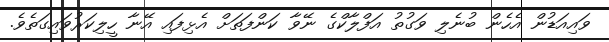
ވައިއަޑުން އެހެން ބުނެލި ވަގުތު އަފްލާކްގެ ނޭވާ ކަންފަތަށް އެޅިފައި އޭނާ ހީލިކަރުވައިގަތެވެ.